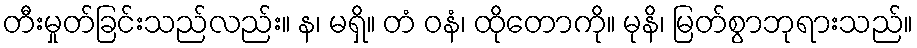
တီးမှုတ်ခြင်းသည်လည်း။ န၊ မရှိ။ တံ ဝနံ၊ ထိုတောကို။ မုနိ၊ မြတ်စွာဘုရားသည်။